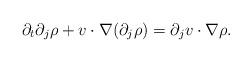
LaTeX: \begin{align*}\partial_t\partial_j\rho +v\cdot\nabla(\partial_j \rho)=\partial_j v\cdot\nabla\rho.\end{align*}